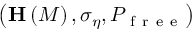
\left( \mathbf { H } \left( M \right) , \sigma _ { \eta } , P _ { \mathrm { ~ f ~ r ~ e ~ e ~ } } \right)